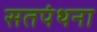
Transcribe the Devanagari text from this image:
सतपंथना